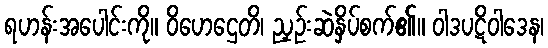
ရဟန်းအပေါင်းကို။ ဝိဟေဌေတိ၊ ညှဉ်းဆဲနှိပ်စက်၏။ ဝါဒပဋိဝါဒေန၊